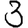
Digit: 3